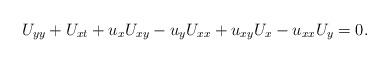
LaTeX: \begin{align*}U_{yy}+U_{xt}+u_x U_{xy}-u_y U_{xx}+ u_{xy} U_x- u_{xx}U_y=0.\end{align*}